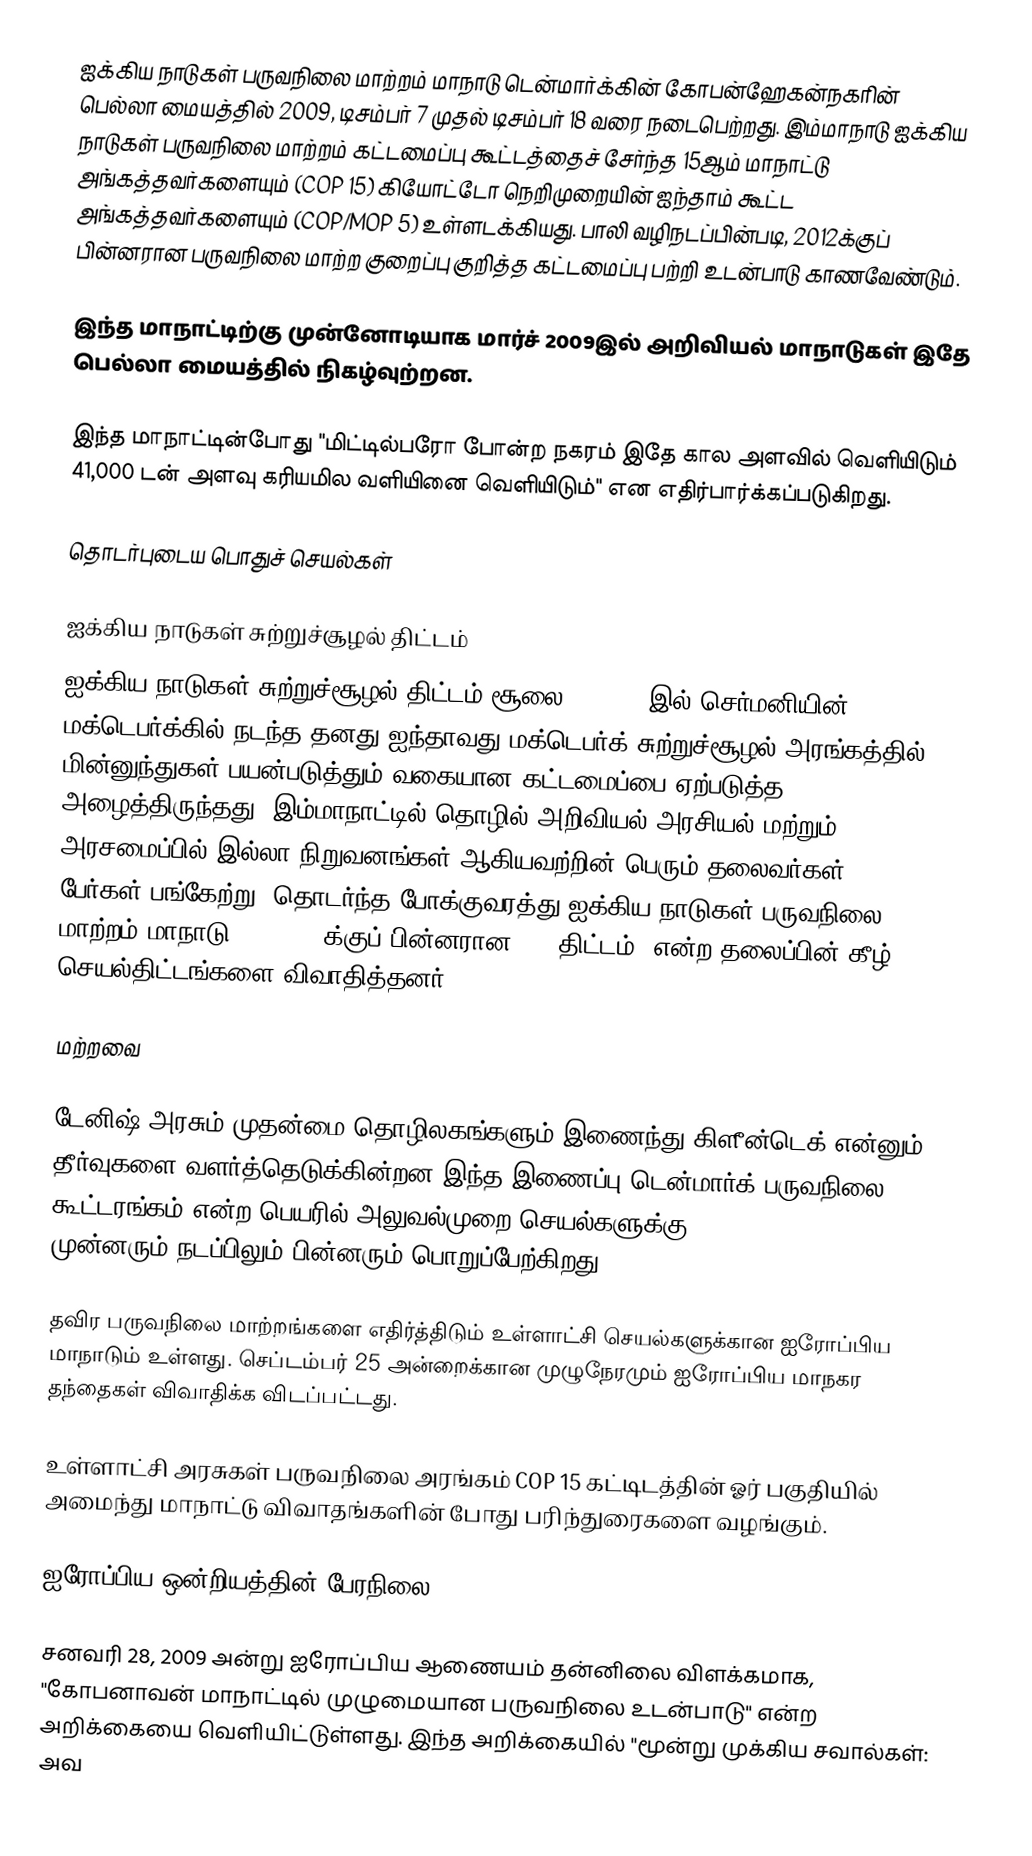
ஐக்கிய நாடுகள் பருவநிலை மாற்றம் மாநாடு டென்மார்க்கின் கோபன்ஹேகன்நகரின் பெல்லா மையத்தில் 2009, டிசம்பர் 7 முதல் டிசம்பர் 18 வரை நடைபெற்றது. இம்மாநாடு ஐக்கிய நாடுகள் பருவநிலை மாற்றம் கட்டமைப்பு கூட்டத்தைச் சேர்ந்த 15ஆம் மாநாட்டு  அங்கத்தவர்களையும் (COP 15) கியோட்டோ நெறிமுறையின் ஐந்தாம் கூட்ட அங்கத்தவர்களையும் (COP/MOP 5) உள்ளடக்கியது. பாலி வழிநடப்பின்படி, 2012க்குப் பின்னரான பருவநிலை மாற்ற குறைப்பு குறித்த கட்டமைப்பு பற்றி உடன்பாடு காணவேண்டும்.

இந்த மாநாட்டிற்கு முன்னோடியாக மார்ச் 2009இல் அறிவியல் மாநாடுகள் இதே பெல்லா மையத்தில் நிகழ்வுற்றன.

இந்த மாநாட்டின்போது "மிட்டில்பரோ போன்ற நகரம் இதே கால அளவில் வெளியிடும் 41,000 டன் அளவு கரியமில வளியினை வெளியிடும்" என எதிர்பார்க்கப்படுகிறது.

தொடர்புடைய பொதுச் செயல்கள்

ஐக்கிய நாடுகள் சுற்றுச்சூழல் திட்டம்
ஐக்கிய நாடுகள் சுற்றுச்சூழல் திட்டம் சூலை 3-4,2008இல் செர்மனியின் மக்டெபர்க்கில் நடந்த தனது ஐந்தாவது மக்டெபர்க் சுற்றுச்சூழல் அரங்கத்தில் மின்னுந்துகள் பயன்படுத்தும் வகையான கட்டமைப்பை ஏற்படுத்த அழைத்திருந்தது. இம்மாநாட்டில் தொழில்,அறிவியல்,அரசியல் மற்றும் அரசமைப்பில் இல்லா நிறுவனங்கள் ஆகியவற்றின் பெரும் தலைவர்கள் 250 பேர்கள் பங்கேற்று "தொடர்ந்த போக்குவரத்து-ஐக்கிய நாடுகள் பருவநிலை மாற்றம் மாநாடு 2009|2012க்குப் பின்னரான CO2 திட்டம்" என்ற தலைப்பின் கீழ் செயல்திட்டங்களை விவாதித்தனர்.

மற்றவை

டேனிஷ் அரசும் முதன்மை தொழிலகங்களும் இணைந்து கிளீன்டெக் என்னும் தீர்வுகளை வளர்த்தெடுக்கின்றன.இந்த இணைப்பு,டென்மார்க் பருவநிலை கூட்டரங்கம் என்ற பெயரில் அலுவல்முறை செயல்களுக்கு COP15  முன்னரும்,நடப்பிலும் பின்னரும் பொறுப்பேற்கிறது.

தவிர பருவநிலை மாற்றங்களை எதிர்த்திடும் உள்ளாட்சி செயல்களுக்கான ஐரோப்பிய மாநாடும் உள்ளது. செப்டம்பர் 25 அன்றைக்கான முழுநேரமும் ஐரோப்பிய மாநகர தந்தைகள் விவாதிக்க விடப்பட்டது.

உள்ளாட்சி அரசுகள் பருவநிலை அரங்கம் COP 15 கட்டிடத்தின் ஓர் பகுதியில் அமைந்து மாநாட்டு விவாதங்களின் போது பரிந்துரைகளை வழங்கும்.

ஐரோப்பிய ஒன்றியத்தின் பேரநிலை

சனவரி 28, 2009 அன்று ஐரோப்பிய ஆணையம் தன்னிலை விளக்கமாக, "கோபனாவன் மாநாட்டில் முழுமையான பருவநிலை உடன்பாடு" என்ற அறிக்கையை வெளியிட்டுள்ளது. இந்த அறிக்கையில் "மூன்று முக்கிய சவால்கள்: அவ